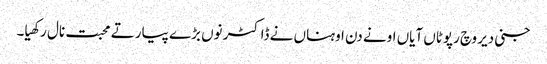
جنی دیر وچ رپوٹاں آیاں اونے دن اوہناں نے ڈاکٹر نوں بڑے پیار تے محبت نال رکھیا۔